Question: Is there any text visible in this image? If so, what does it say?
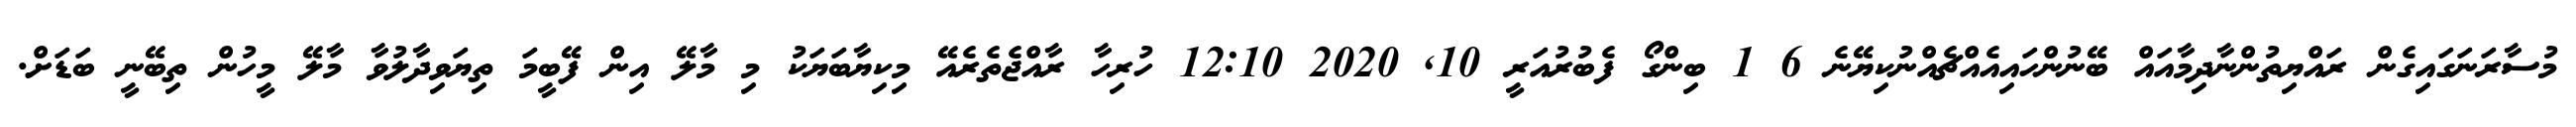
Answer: މުސާރަނަގައިގެން ރައްޔިތުންނާދިމާއައް ބޭނުންހައިއެއްޗެއްނުކިޔޭނެ 6 1 ބިންގޯ ފެބުރުއަރީ 10, 2020 12:10 ހުރިހާ ރާއްޖެތެރެއޭ މިކިޔާބަޔަކު މި މާލޭ އިން ފޭބީމަ ތިޔަވިދާލުވާ މާލޭ މީހުން ތިބޭނީ ބަޑަށް.